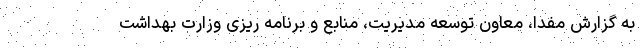
به گزارش مفدا، معاون توسعه مدیریت، منابع و برنامه ریزی وزارت بهداشت